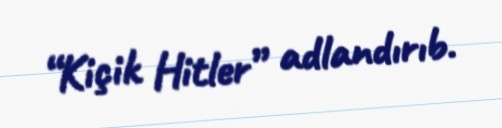
“Kiçik Hitler” adlandırıb.